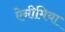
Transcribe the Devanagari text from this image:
ऐनीमिया